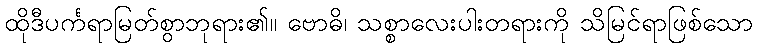
ထိုဒီပင်္ကရာမြတ်စွာဘုရား၏။ ဗောဓိ၊ သစ္စာလေးပါးတရားကို သိမြင်ရာဖြစ်သော